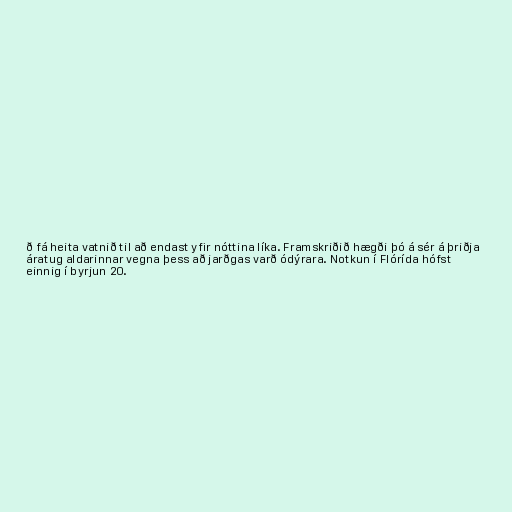
ð fá heita vatnið til að endast yfir nóttina líka. Framskriðið hægði þó á sér á þriðja
áratug aldarinnar vegna þess að jarðgas varð ódýrara. Notkun í Flórída hófst
einnig í byrjun 20.